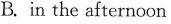
in the afternoon